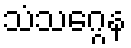
သံသဂ္ဂေန